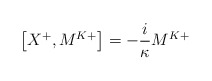
\begin{align*}\left[X^{+},M^{K+}\right]= -\frac{i}{\kappa}M^{K+}\end{align*}